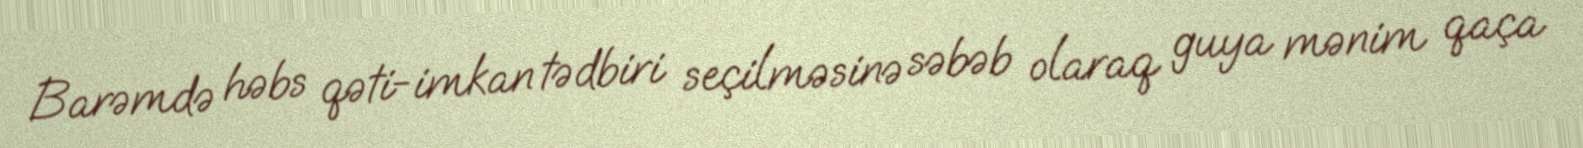
Barəmdə həbs qəti-imkan tədbiri seçilməsinə səbəb olaraq guya mənim qaça